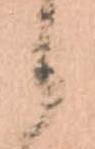
候